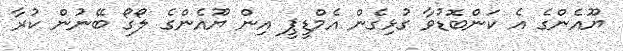
ޔޫއެންގެ އެ ކަންބޮޑުވާ ގުޅިގެން އެމްޑީޕީ އިން ޔޫއެންގެ ލޯގޯ ބޭނުން ކުރާ